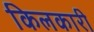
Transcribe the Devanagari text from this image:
किलकारी